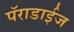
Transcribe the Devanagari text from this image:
पॅराडाईज